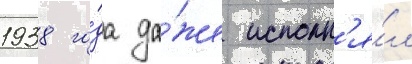
1938 го́да да́же исполн'я́л